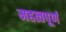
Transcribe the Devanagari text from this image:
महत्वपूर्ण